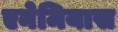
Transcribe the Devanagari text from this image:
एनेमियास